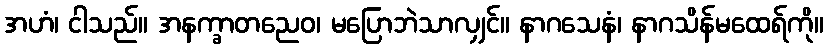
အဟံ၊ ငါသည်။ အနက္ခာတညေဝ၊ မပြောဘဲသာလျှင်။ နာဂသေနံ၊ နာဂသိန်မထေရ်ကို။